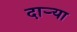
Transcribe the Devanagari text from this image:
दार्‍या